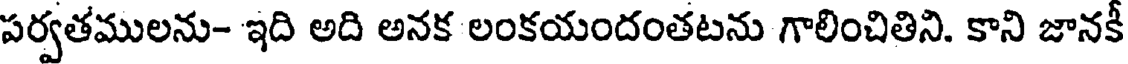
పర్వతములను- ఇది అది అనక లంకయందంతటను గాలించితిని. కాని జానకీ